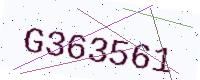
Text: G363561